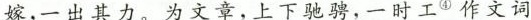
嫁，一出其力。为文章，上下驰骋，一时工^{④}作文词